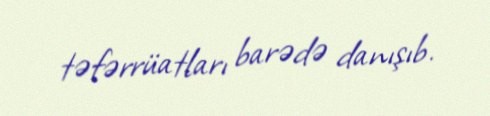
təfərrüatları barədə danışıb.